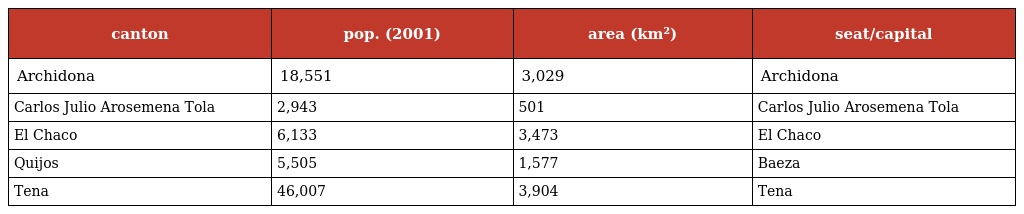
| canton | pop. (2001) | area (km²) | seat/capital |
 | --- | --- | --- | --- |
 | Archidona | 18,551 | 3,029 | Archidona |
 | Carlos Julio Arosemena Tola | 2,943 | 501 | Carlos Julio Arosemena Tola |
 | El Chaco | 6,133 | 3,473 | El Chaco |
 | Quijos | 5,505 | 1,577 | Baeza |
 | Tena | 46,007 | 3,904 | Tena |